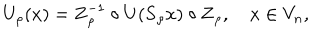
U _ { \rho } ( x ) = \mathbf { Z } _ { \rho } ^ { - 1 } \circ U ( \mathbf { S } _ { \rho } x ) \circ \mathbf { Z } _ { \rho } , \quad x \in V _ { n } ,